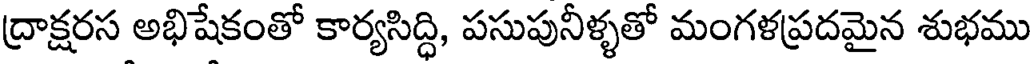
ద్రాక్షరస అభిషేకంతో కార్యసిద్ధి, పసుపునీళ్ళతో మంగళప్రదమైన శుభము